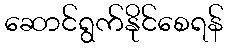
ဆောင်ရွက်နိုင်စေရန်